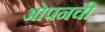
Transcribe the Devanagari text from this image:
ओपनची